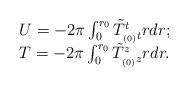
LaTeX: \begin{align*}\begin{array}{ll}U = -2 \pi \int_{0}^{r_0}\tilde T^t_{_{(0)}t} r dr;\\T = - 2 \pi \int_{0}^{r_0} \tilde T^z_{_{(0)}z} rdr.\end{array}\end{align*}